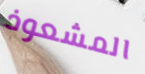
المشعوذ